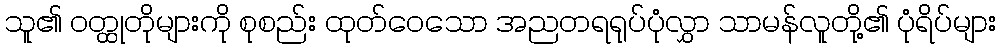
သူ၏ ဝတ္ထုတိုများကို စုစည်း ထုတ်ဝေသော အညတရရုပ်ပုံလွှာ သာမန်လူတို့၏ ပုံရိပ်များ